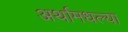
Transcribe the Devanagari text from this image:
अर्थामधल्या